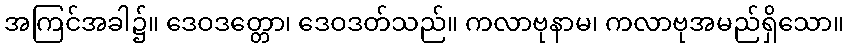
အကြင်အခါ၌။ ဒေဝဒတ္တော၊ ဒေဝဒတ်သည်။ ကလာဗုနာမ၊ ကလာဗုအမည်ရှိသော။